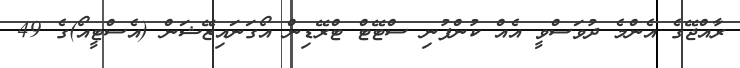
ރާއްޖޭގެ އެންމެ ދުވަސްވީ އެއް ކުންފުނި ސްޓޭޓް ޓްރޭޑިން އޯގަނައިޒޭޝަން (އެސްޓީއޯ)ގެ 49